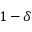
1 - \delta